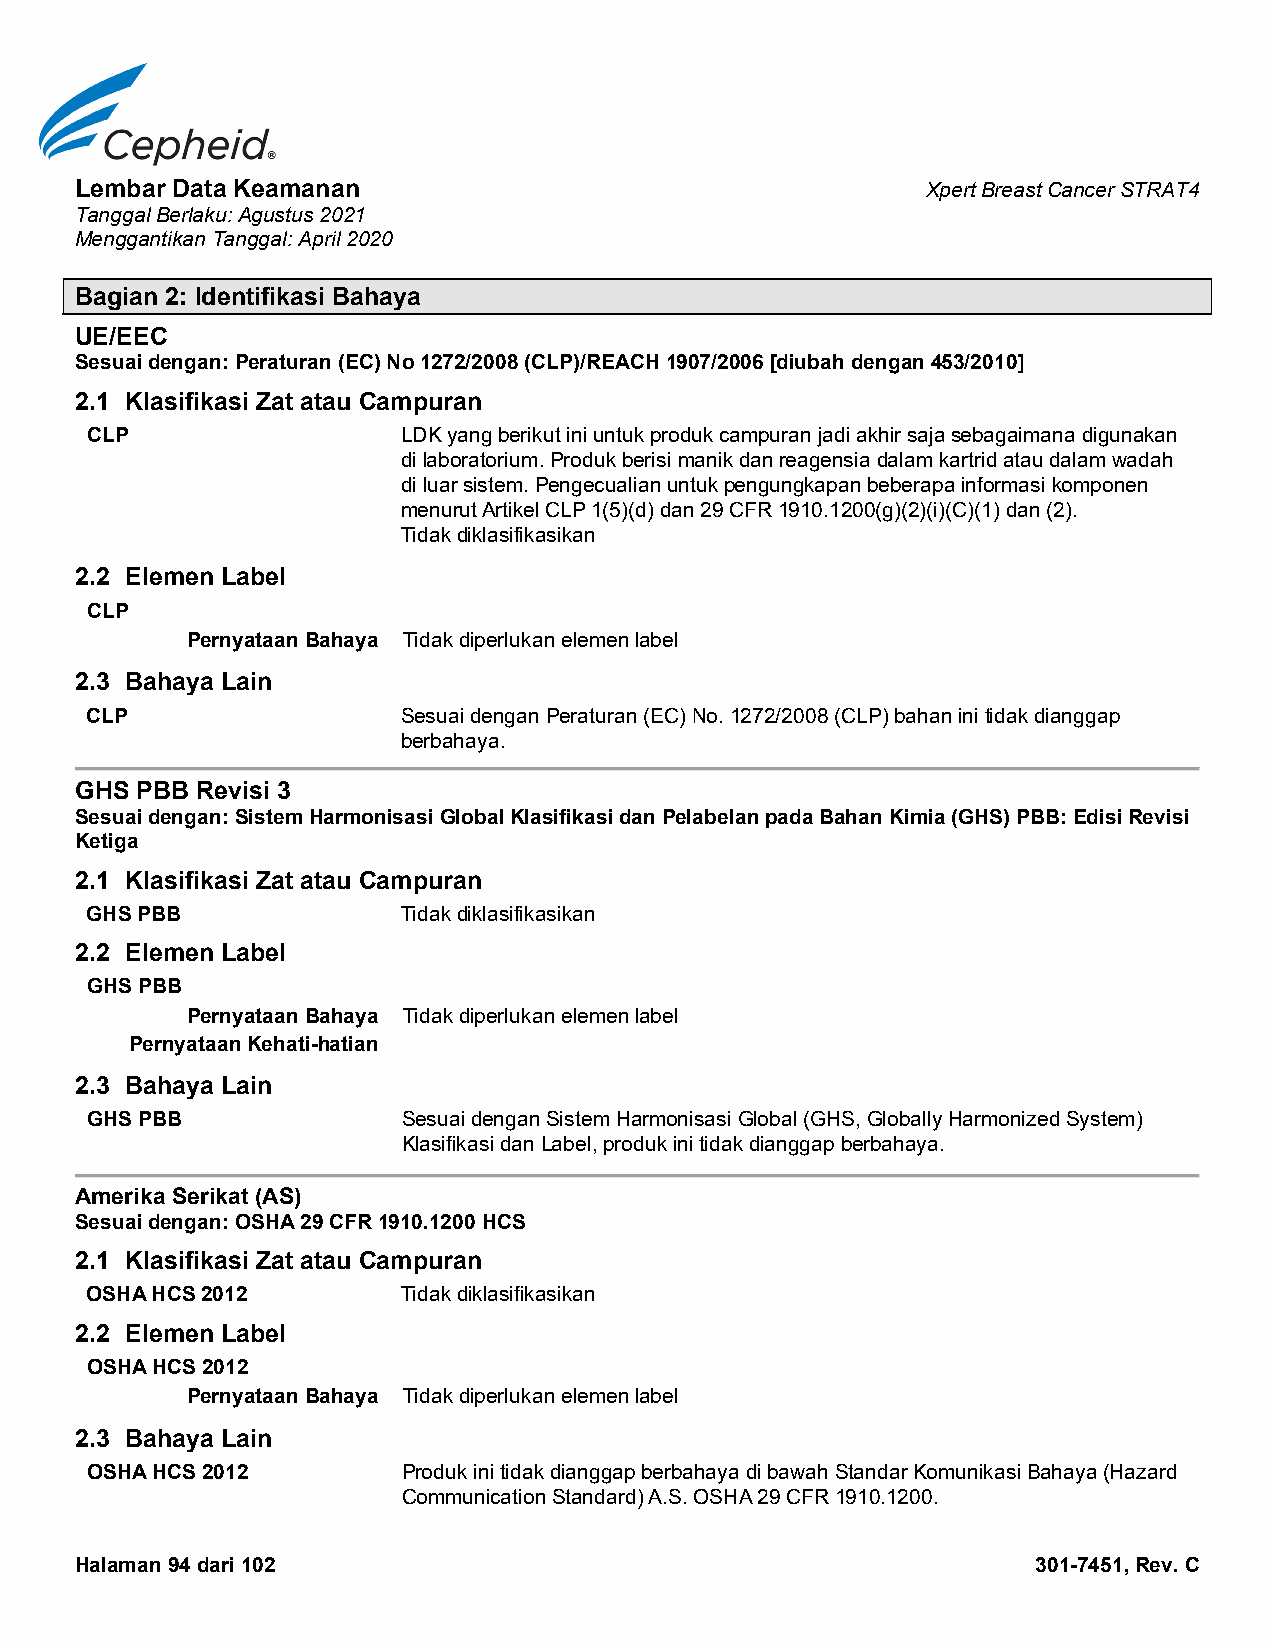
Lembar Data Keamanan                                    Xpert Breast Cancer STRAT4
 Tanggal Berlaku: Agustus 2021
 Menggantikan Tanggal: April 2020
 Bagian 2: Identifikasi Bahaya
 UE/EEC
 Sesuai dengan: Peraturan (EC) No 1272/2008 (CLP)/REACH 1907/2006 [diubah dengan 453/2010]
 2.1 Klasifikasi Zat atau Campuran
 CLP                  LDK yang berikut ini untuk produk campuran jadi akhir saja sebagaimana digunakan
 di laboratorium. Produk berisi manik dan reagensia dalam kartrid atau dalam wadah
 di luar sistem. Pengecualian untuk pengungkapan beberapa informasi komponen
 menurut Artikel CLP 1(5)(d) dan 29 CFR 1910.1200(g)(2)(i)(C)(1) dan (2).
 Tidak diklasifikasikan
 2.2 Elemen Label
 CLP
 Pernyataan Bahaya Tidak diperlukan elemen label
 2.3 Bahaya Lain
 CLP                  Sesuai dengan Peraturan (EC) No. 1272/2008 (CLP) bahan ini tidak dianggap
 berbahaya.
 GHS PBB Revisi 3
 Sesuai dengan: Sistem Harmonisasi Global Klasifikasi dan Pelabelan pada Bahan Kimia (GHS) PBB: Edisi Revisi
 Ketiga
 2.1 Klasifikasi Zat atau Campuran
 GHS PBB              Tidak diklasifikasikan
 2.2 Elemen Label
 GHS PBB
 Pernyataan Bahaya Tidak diperlukan elemen label
 Pernyataan Kehati-hatian
 2.3 Bahaya Lain
 GHS PBB              Sesuai dengan Sistem Harmonisasi Global (GHS, Globally Harmonized System)
 Klasifikasi dan Label, produk ini tidak dianggap berbahaya.
 Amerika Serikat (AS)
 Sesuai dengan: OSHA 29 CFR 1910.1200 HCS
 2.1 Klasifikasi Zat atau Campuran
 OSHA HCS 2012        Tidak diklasifikasikan
 2.2 Elemen Label
 OSHA HCS 2012
 Pernyataan Bahaya Tidak diperlukan elemen label
 2.3 Bahaya Lain
 OSHA HCS 2012        Produk ini tidak dianggap berbahaya di bawah Standar Komunikasi Bahaya (Hazard
 Communication Standard) A.S. OSHA 29 CFR 1910.1200.
 Halaman 94 dari 102                                             301-7451, Rev. C